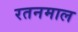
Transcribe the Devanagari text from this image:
रतनमाल